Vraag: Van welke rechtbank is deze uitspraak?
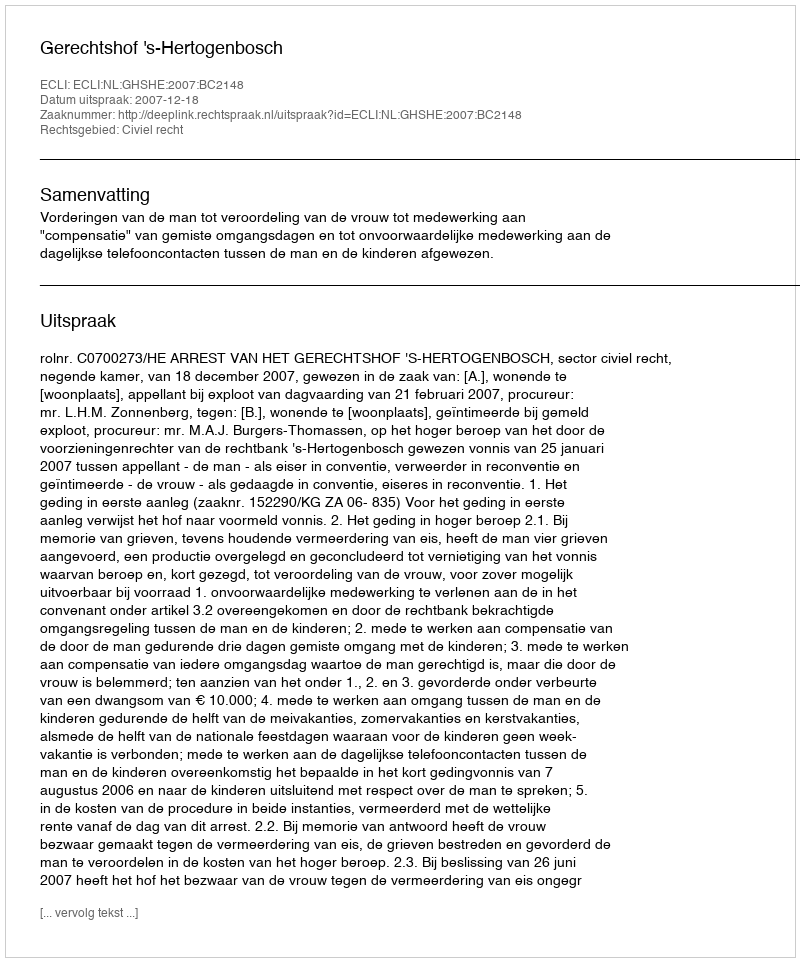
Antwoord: Gerechtshof 's-Hertogenbosch